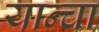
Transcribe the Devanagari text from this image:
यान्चा